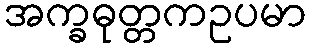
အက္ခဓုတ္တကဥပမာ